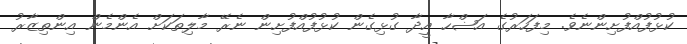
ކުޅުފުއްފުށިންނެވެ. މިފަހަރުގެ އަޟްހާ އީދާ ގުޅިގެން ކުޅުފުއްފުށިން ނެރޭ މާލިތަކަށް އެންމެން އިންތިޒާރު